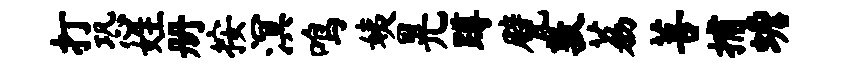
打恐姓册按溟鸣姨晃蹲甓敦荔菩捕蟾